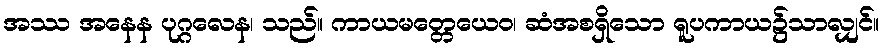
အဿ အနေန ပုဂ္ဂလေန၊ သည်။ ကာယမတ္တေယေဝ၊ ဆံအစရှိသော ရူပကာယ၌သာလျှင်။